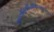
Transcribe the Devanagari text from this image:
प्राग्ज्योतिड्ढलौहित्यक्षीरोदसमुद्रपरुड्ढादाः।